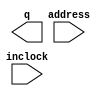
// megafunction wizard: %ROM: 1-PORT%VBB%
// GENERATION: STANDARD
// VERSION: WM1.0
// MODULE: altsyncram 

// ============================================================
// Megafunction Name(s):
// 			altsyncram
//
// Simulation Library Files(s):
// 			altera_mf
// ============================================================
// ************************************************************
// THIS IS A WIZARD-GENERATED FILE. DO NOT EDIT THIS FILE!
//
// 9.0 Build 235 06/17/2009 SP 2 SJ Web Edition
// ************************************************************

//Copyright (C) 1991-2009 Altera Corporation
//Your use of Altera Corporation's design tools, logic functions 
//and other software and tools, and its AMPP partner logic 
//functions, and any output files from any of the foregoing 
//(including device programming or simulation files), and any 
//associated documentation or information are expressly subject 
//to the terms and conditions of the Altera Program License 
//Subscription Agreement, Altera MegaCore Function License 
//Agreement, or other applicable license agreement, including, 
//without limitation, that your use is for the sole purpose of 
//programming logic devices manufactured by Altera and sold by 
//Altera or its authorized distributors.  Please refer to the 
//applicable agreement for further details.

module DDS_ROM (
	address,
	inclock,
	q);

	input	[12:0]  address;
	input	  inclock;
	output	[9:0]  q;
`ifndef ALTERA_RESERVED_QIS
// synopsys translate_off
`endif
	tri1	  inclock;
`ifndef ALTERA_RESERVED_QIS
// synopsys translate_on
`endif

endmodule

// ============================================================
// CNX file retrieval info
// ============================================================
// Retrieval info: PRIVATE: ADDRESSSTALL_A NUMERIC "0"
// Retrieval info: PRIVATE: AclrAddr NUMERIC "0"
// Retrieval info: PRIVATE: AclrByte NUMERIC "0"
// Retrieval info: PRIVATE: AclrOutput NUMERIC "0"
// Retrieval info: PRIVATE: BYTE_ENABLE NUMERIC "0"
// Retrieval info: PRIVATE: BYTE_SIZE NUMERIC "8"
// Retrieval info: PRIVATE: BlankMemory NUMERIC "0"
// Retrieval info: PRIVATE: CLOCK_ENABLE_INPUT_A NUMERIC "0"
// Retrieval info: PRIVATE: CLOCK_ENABLE_OUTPUT_A NUMERIC "0"
// Retrieval info: PRIVATE: Clken NUMERIC "0"
// Retrieval info: PRIVATE: IMPLEMENT_IN_LES NUMERIC "0"
// Retrieval info: PRIVATE: INIT_FILE_LAYOUT STRING "PORT_A"
// Retrieval info: PRIVATE: INIT_TO_SIM_X NUMERIC "0"
// Retrieval info: PRIVATE: INTENDED_DEVICE_FAMILY STRING "Cyclone II"
// Retrieval info: PRIVATE: JTAG_ENABLED NUMERIC "1"
// Retrieval info: PRIVATE: JTAG_ID STRING "NONE"
// Retrieval info: PRIVATE: MAXIMUM_DEPTH NUMERIC "0"
// Retrieval info: PRIVATE: MIFfilename STRING "../QUARTUS_TMP/10b_sin_13b_x.mif"
// Retrieval info: PRIVATE: NUMWORDS_A NUMERIC "8192"
// Retrieval info: PRIVATE: RAM_BLOCK_TYPE NUMERIC "0"
// Retrieval info: PRIVATE: RegAddr NUMERIC "1"
// Retrieval info: PRIVATE: RegOutput NUMERIC "0"
// Retrieval info: PRIVATE: SYNTH_WRAPPER_GEN_POSTFIX STRING "0"
// Retrieval info: PRIVATE: SingleClock NUMERIC "0"
// Retrieval info: PRIVATE: UseDQRAM NUMERIC "0"
// Retrieval info: PRIVATE: WidthAddr NUMERIC "13"
// Retrieval info: PRIVATE: WidthData NUMERIC "10"
// Retrieval info: PRIVATE: rden NUMERIC "0"
// Retrieval info: CONSTANT: CLOCK_ENABLE_INPUT_A STRING "BYPASS"
// Retrieval info: CONSTANT: CLOCK_ENABLE_OUTPUT_A STRING "BYPASS"
// Retrieval info: CONSTANT: INIT_FILE STRING "../QUARTUS_TMP/10b_sin_13b_x.mif"
// Retrieval info: CONSTANT: INTENDED_DEVICE_FAMILY STRING "Cyclone II"
// Retrieval info: CONSTANT: LPM_HINT STRING "ENABLE_RUNTIME_MOD=YES,INSTANCE_NAME=NONE"
// Retrieval info: CONSTANT: LPM_TYPE STRING "altsyncram"
// Retrieval info: CONSTANT: NUMWORDS_A NUMERIC "8192"
// Retrieval info: CONSTANT: OPERATION_MODE STRING "ROM"
// Retrieval info: CONSTANT: OUTDATA_ACLR_A STRING "NONE"
// Retrieval info: CONSTANT: OUTDATA_REG_A STRING "UNREGISTERED"
// Retrieval info: CONSTANT: WIDTHAD_A NUMERIC "13"
// Retrieval info: CONSTANT: WIDTH_A NUMERIC "10"
// Retrieval info: CONSTANT: WIDTH_BYTEENA_A NUMERIC "1"
// Retrieval info: USED_PORT: address 0 0 13 0 INPUT NODEFVAL address[12..0]
// Retrieval info: USED_PORT: inclock 0 0 0 0 INPUT VCC inclock
// Retrieval info: USED_PORT: q 0 0 10 0 OUTPUT NODEFVAL q[9..0]
// Retrieval info: CONNECT: @address_a 0 0 13 0 address 0 0 13 0
// Retrieval info: CONNECT: q 0 0 10 0 @q_a 0 0 10 0
// Retrieval info: CONNECT: @clock0 0 0 0 0 inclock 0 0 0 0
// Retrieval info: LIBRARY: altera_mf altera_mf.altera_mf_components.all
// Retrieval info: GEN_FILE: TYPE_NORMAL DDS_ROM.v TRUE
// Retrieval info: GEN_FILE: TYPE_NORMAL DDS_ROM.inc FALSE
// Retrieval info: GEN_FILE: TYPE_NORMAL DDS_ROM.cmp FALSE
// Retrieval info: GEN_FILE: TYPE_NORMAL DDS_ROM.bsf FALSE
// Retrieval info: GEN_FILE: TYPE_NORMAL DDS_ROM_inst.v FALSE
// Retrieval info: GEN_FILE: TYPE_NORMAL DDS_ROM_bb.v TRUE
// Retrieval info: GEN_FILE: TYPE_NORMAL DDS_ROM_waveforms.html TRUE
// Retrieval info: GEN_FILE: TYPE_NORMAL DDS_ROM_wave*.jpg FALSE
// Retrieval info: LIB_FILE: altera_mf